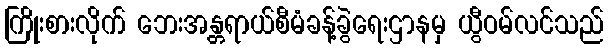
ကြိုးစားလိုက် ဘေးအန္တရာယ်စီမံခန့်ခွဲရေးဌာနမှ ယွီဝမ်လင်သည်